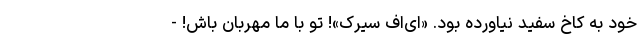
خود به کاخ سفید نیاورده بود. «ای‌اف سیرک»! تو با ما مهربان باش! -